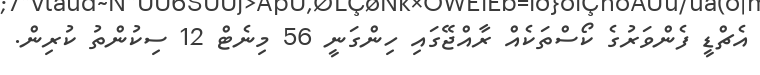
އެޗްޑީ ފެންވަރުގެ ކޯސްތަކެއް ރާއްޖޭގައި ހިންގަނީ 56 މިނެޓް 12 ސިކުންތު ކުރިން.